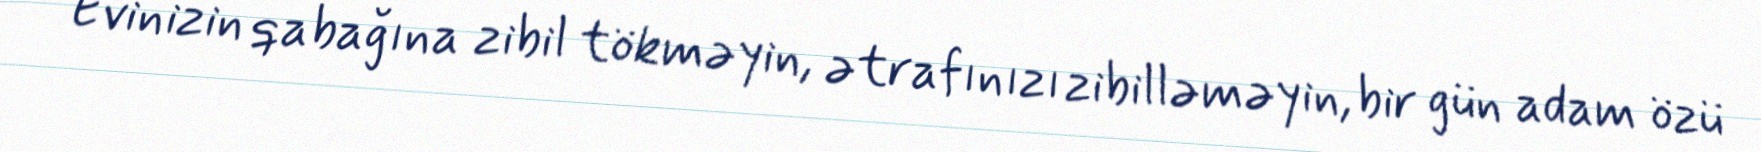
Evinizin qabağına zibil tökməyin, ətrafınızı zibilləməyin, bir gün adam özü